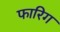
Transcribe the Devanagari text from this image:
फारिग